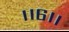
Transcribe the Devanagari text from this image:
।।६।।